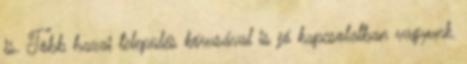
is. Több hazai település kórusával is jó kapcsolatban vagyunk.